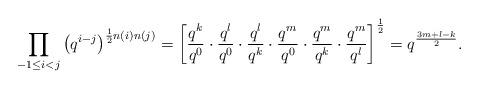
LaTeX: \begin{align*}\prod_{-1\leq i<j}\left(q^{i-j}\right)^{\frac{1}{2}n(i)n(j)}=\left[\frac{q^k}{q^0}\cdot\frac{q^l}{q^0}\cdot\frac{q^l}{q^k}\cdot\frac{q^m}{q^0}\cdot\frac{q^m}{q^k}\cdot\frac{q^m}{q^l}\right]^{\frac{1}{2}}=q^\frac{3m+l-k}{2}.\end{align*}